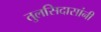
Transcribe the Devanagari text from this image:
तुलसिदासांनी